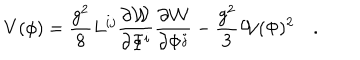
LaTeX: V ( \phi ) = \frac { g ^ { 2 } } { 8 } L ^ { i j } \frac { \partial { \cal W } } { \partial \Phi ^ { i } } \frac { \partial { \cal W } } { \partial \Phi ^ { j } } - \frac { g ^ { 2 } } { 3 } { \cal W } ( \Phi ) ^ { 2 } \quad .